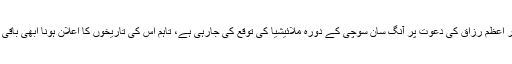
وزیر اعظم رزاق کی دعوت پر آنگ سان سوچی کے دورہ ملائیشیا کی توقع کی جارہی ہے، تاہم اس کی تاریخوں کا اعلان ہونا ابھی باقی ہے۔